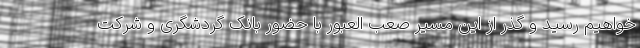
خواهیم رسید و گذر از این مسیر صعب العبور با حضور بانک گردشگری و شرکت